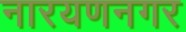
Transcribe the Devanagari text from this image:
नारयणनगर